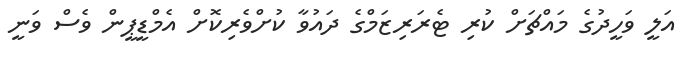
އަލީ ވަހީދުގެ މައްޗަށް ކުރި ޓެރަރިޒަމްގެ ދައުވާ ކުށްވެރިކޮށް އެމްޑީޕީން ވެސް ވަނީ